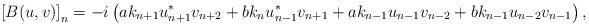
LaTeX: \begin{align*}\left[B(u,v)\right]_n=-i\left( a k_{n+1} u_{n+1}^* v_{n+2}+b k_{n} u_{n-1}^* v_{n+1} +a k_{n-1} u_{n-1} v_{n-2}+b k_{n-1} u_{n-2} v_{n-1}\right),\end{align*}